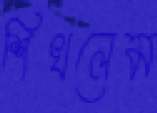
শিখলেম